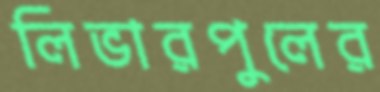
লিভারপুলের